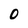
Character: O